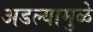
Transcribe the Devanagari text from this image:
अडल्यामुळे